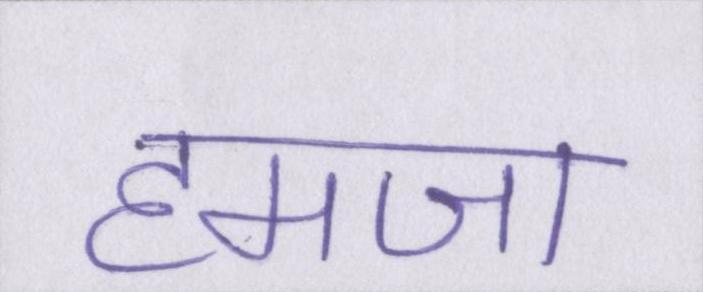
हमजा